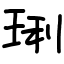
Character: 琍